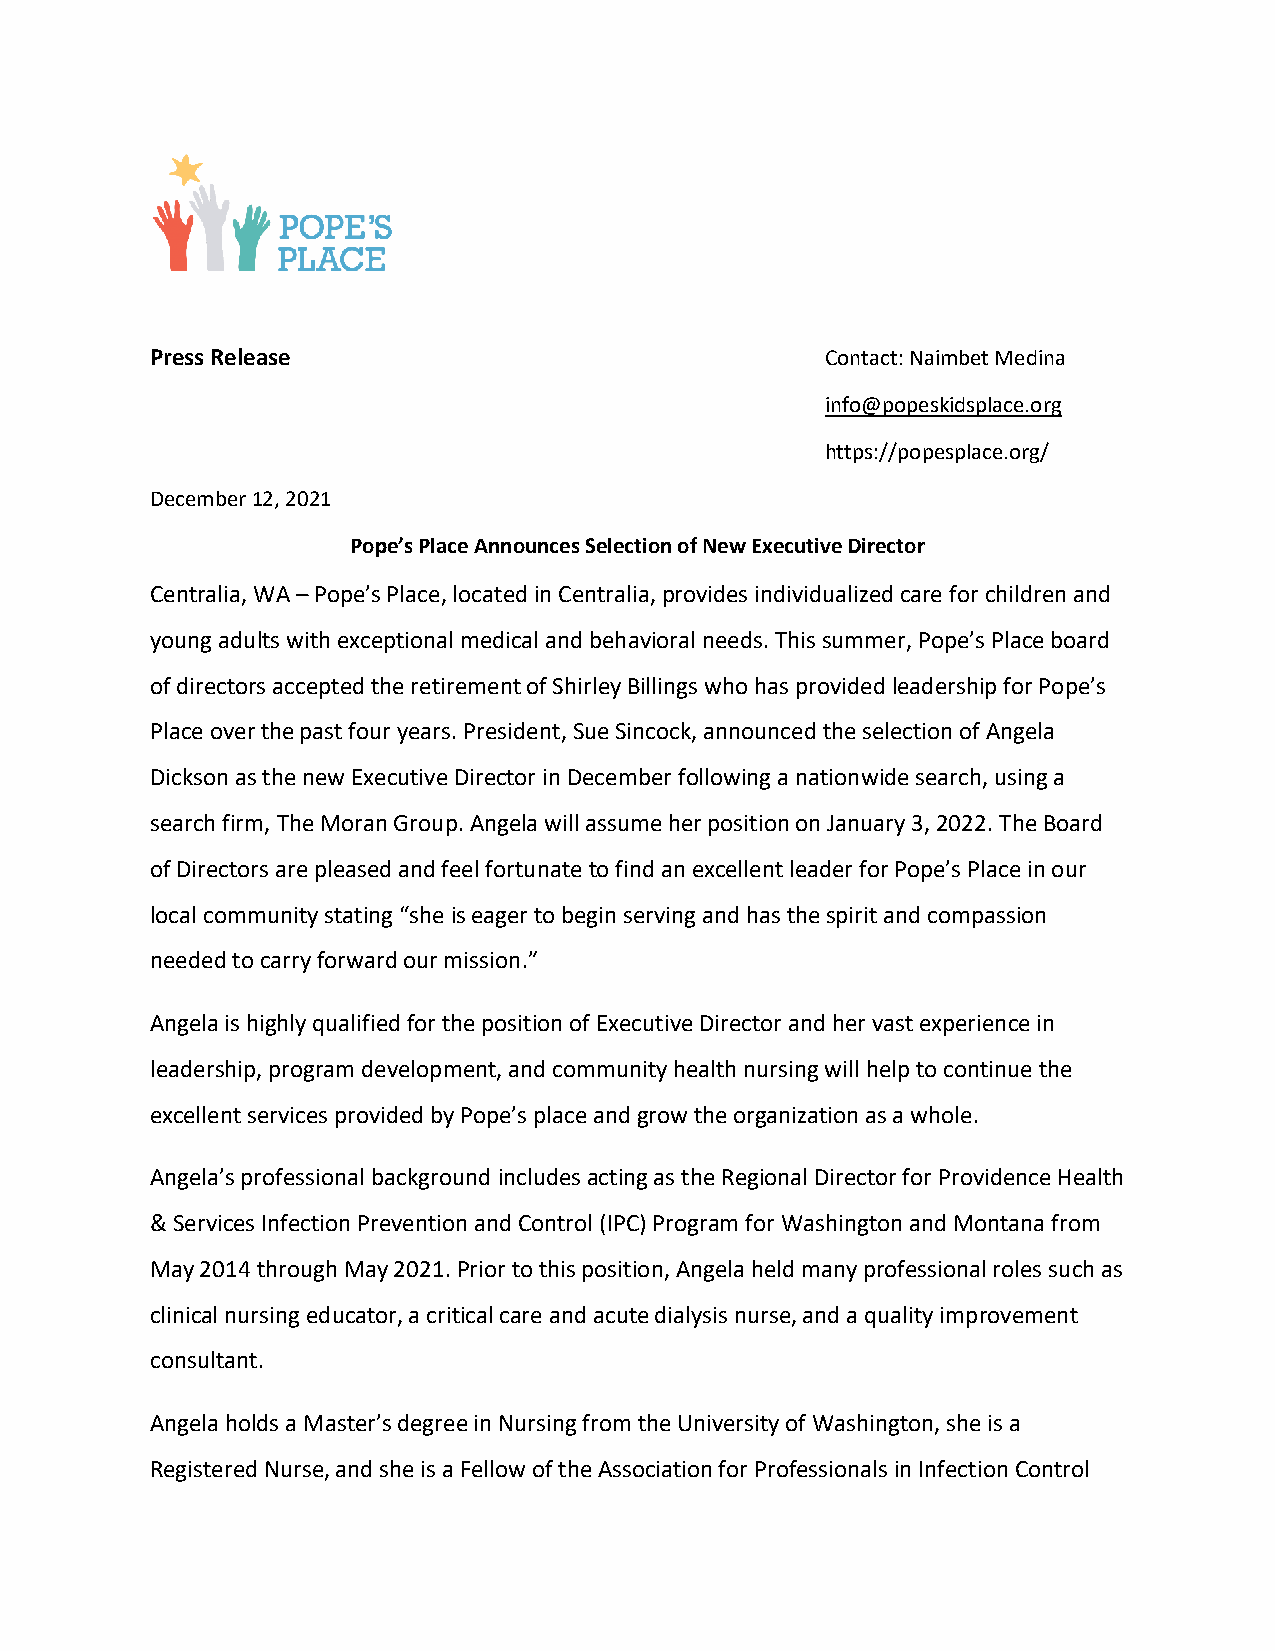
Press Release                                Contact: Naimbet Medina
 info@popeskidsplace.org
 https://popesplace.org/
 December 12, 2021
 Pope’s Place Announces Selection of New Executive Director
 Centralia, WA – Pope’s Place, located in Centralia, provides individualized care for children and
 young adults with exceptional medical and behavioral needs. This summer, Pope’s Place board
 of directors accepted the retirement of Shirley Billings who has provided leadership for Pope’s
 Place over the past four years. President, Sue Sincock, announced the selection of Angela
 Dickson as the new Executive Director in December following a nationwide search, using a
 search firm, The Moran Group. Angela will assume her position on January 3, 2022. The Board
 of Directors are pleased and feel fortunate to find an excellent leader for Pope’s Place in our
 local community stating “she is eager to begin serving and has the spirit and compassion
 needed to carry forward our mission.”
 Angela is highly qualified for the position of Executive Director and her vast experience in
 leadership, program development, and community health nursing will help to continue the
 excellent services provided by Pope’s place and grow the organization as a whole.
 Angela’s professional background includes acting as the Regional Director for Providence Health
 & Services Infection Prevention and Control (IPC) Program for Washington and Montana from
 May 2014 through May 2021. Prior to this position, Angela held many professional roles such as
 clinical nursing educator, a critical care and acute dialysis nurse, and a quality improvement
 consultant.
 Angela holds a Master’s degree in Nursing from the University of Washington, she is a
 Registered Nurse, and she is a Fellow of the Association for Professionals in Infection Control